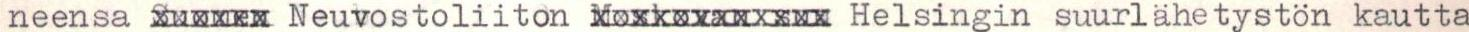
neensa xuxxxx Neuvostoliiton Xoxkxxxxxxxx Helsingin suurlähetystön kautta